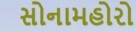
સોનામહોરો